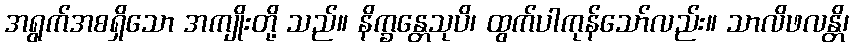
အရွက်အစရှိသော အကျိုးတို့ သည်။ နိက္ခန္တေသုပိ၊ ထွက်ပါကုန်သော်လည်း။ သာလိဖလန္တိ၊